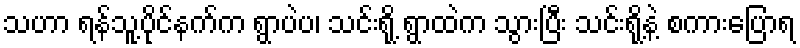
သဟာ ရန်သူ့ပိုင်နက်က ရွာပဲပ၊ သင်းရို့ ရွာထဲက သွားပြီး သင်းရို့နဲ့ စကားပြောရ